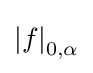
\left|f\right|_{0,\alpha }